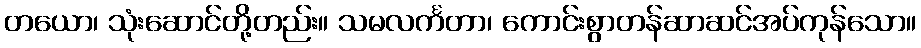
တယော၊ သုံးဆောင်တို့တည်း။ သမလင်္ကတာ၊ ကောင်းစွာတန်ဆာဆင်အပ်ကုန်သော။